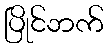
ပြိုင်ဘက်